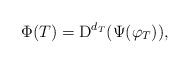
LaTeX: \begin{align*}\Phi (T)=\mathrm{D}^{d_{T}}(\Psi (\varphi _{T})),\end{align*}